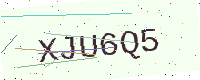
Text: XJU6Q5